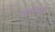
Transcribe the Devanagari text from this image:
डाइक्लोरोआर्सीन